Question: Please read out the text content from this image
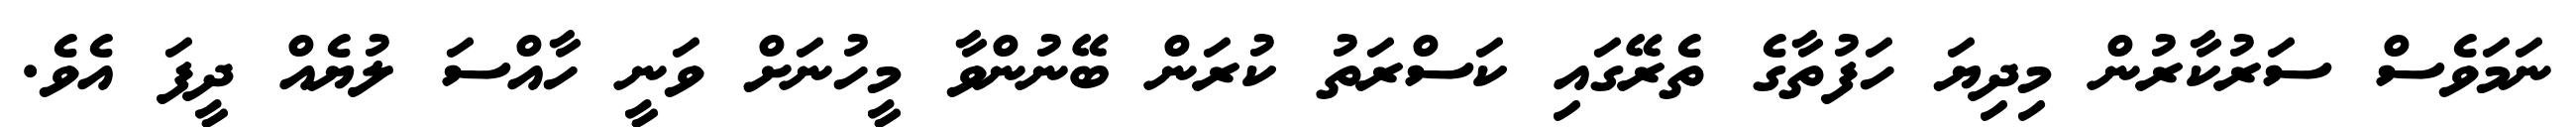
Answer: ނަމަވެސް ސަރުކާރުން މިދިޔަ ހަފުތާގެ ތެރޭގައި ކަސްރަތު ކުރަން ބޭނުންވާ މީހުނަށް ވަނީ ހާއްސަ ލުޔެއް ދީފަ އެވެ.